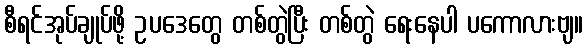
စီရင်အုပ်ချုပ်ဖို့ ဥပဒေတွေ တစ်တွဲပြီး တစ်တွဲ ရေးနေပါ ပကောလားဗျ။